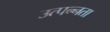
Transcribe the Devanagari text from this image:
उत्पन्नता